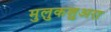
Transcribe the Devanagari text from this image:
मुलुकशुअरा